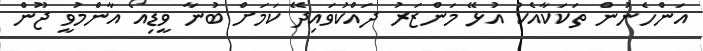
އަންހެނުން ތަކަކާއެކު އުޅޭ މަންޒަރު ދައްކުވައިދޭ ކަމަށް ބުނާ ވީޑިއޯ އާންމުވީ ޖޫން